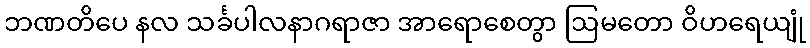
ဘဏတိပေ နလ သင်္ခပါလနာဂရာဇာ အာရောစေတွာ ဩမတော ဝိဟရေယျုံ